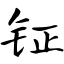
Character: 钲